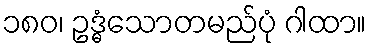
၁၈၀၊ ဥဒ္ဓံသောတမည်ပုံ ဂါထာ။